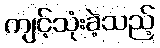
ကျင့်သုံးခဲ့သည့်